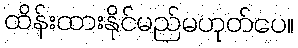
ထိန်းထားနိုင်မည်မဟုတ်ပေ။